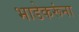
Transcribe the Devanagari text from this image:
भाडेकरूंना